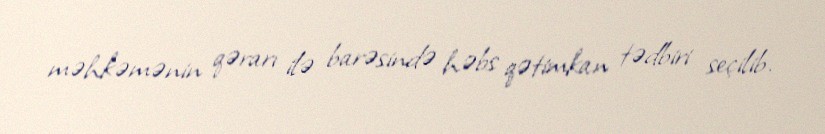
məhkəmənin qərarı ilə barəsində həbs qətimkan tədbiri seçilib.